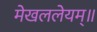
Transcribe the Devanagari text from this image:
मेखललेयम्॥